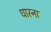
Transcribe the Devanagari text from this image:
धारना